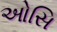
ઓસિ